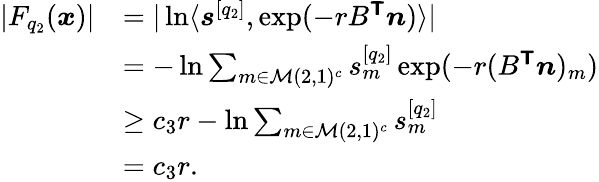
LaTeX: \begin{array}{rl}{|F_{q_{2}}(\boldsymbol{x})|}&{=|\ln\langle\boldsymbol{s}^{[q_{2}]},\exp(-rB^{\boldsymbol{\mathsf{T}}}\boldsymbol{n})\rangle|}\\ &{=-\ln\sum_{m\in\mathcal{M}(2,1)^{c}}s_{m}^{[q_{2}]}\exp(-r(B^{\boldsymbol{\mathsf{T}}}\boldsymbol{n})_{m})}\\ &{\ge c_{3}r-\ln\sum_{m\in\mathcal{M}(2,1)^{c}}s_{m}^{[q_{2}]}}\\ &{=c_{3}r.}\end{array}